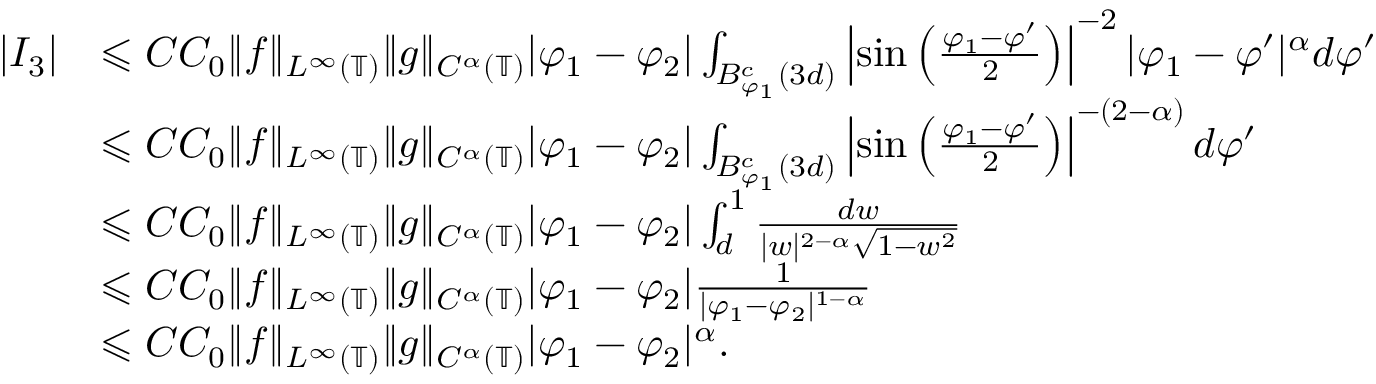
\begin{array} { r l } { | I _ { 3 } | } & { \leqslant C C _ { 0 } \| f \| _ { L ^ { \infty } ( \mathbb { T } ) } \| g \| _ { C ^ { \alpha } ( \mathbb { T } ) } | \varphi _ { 1 } - \varphi _ { 2 } | \int _ { B _ { \varphi _ { 1 } } ^ { c } ( 3 d ) } \left| \sin \left( \frac { \varphi _ { 1 } - \varphi ^ { \prime } } { 2 } \right) \right| ^ { - 2 } | \varphi _ { 1 } - \varphi ^ { \prime } | ^ { \alpha } d \varphi ^ { \prime } } \\ & { \leqslant C C _ { 0 } \| f \| _ { L ^ { \infty } ( \mathbb { T } ) } \| g \| _ { C ^ { \alpha } ( \mathbb { T } ) } | \varphi _ { 1 } - \varphi _ { 2 } | \int _ { B _ { \varphi _ { 1 } } ^ { c } ( 3 d ) } \left| \sin \left( \frac { \varphi _ { 1 } - \varphi ^ { \prime } } { 2 } \right) \right| ^ { - ( 2 - \alpha ) } d \varphi ^ { \prime } } \\ & { \leqslant C C _ { 0 } \| f \| _ { L ^ { \infty } ( \mathbb { T } ) } \| g \| _ { C ^ { \alpha } ( \mathbb { T } ) } | \varphi _ { 1 } - \varphi _ { 2 } | \int _ { d } ^ { 1 } \frac { d w } { | w | ^ { 2 - \alpha } \sqrt { 1 - w ^ { 2 } } } } \\ & { \leqslant C C _ { 0 } \| f \| _ { L ^ { \infty } ( \mathbb { T } ) } \| g \| _ { C ^ { \alpha } ( \mathbb { T } ) } | \varphi _ { 1 } - \varphi _ { 2 } | \frac { 1 } { | \varphi _ { 1 } - \varphi _ { 2 } | ^ { 1 - \alpha } } } \\ & { \leqslant C C _ { 0 } \| f \| _ { L ^ { \infty } ( \mathbb { T } ) } \| g \| _ { C ^ { \alpha } ( \mathbb { T } ) } | \varphi _ { 1 } - \varphi _ { 2 } | ^ { \alpha } . } \end{array}